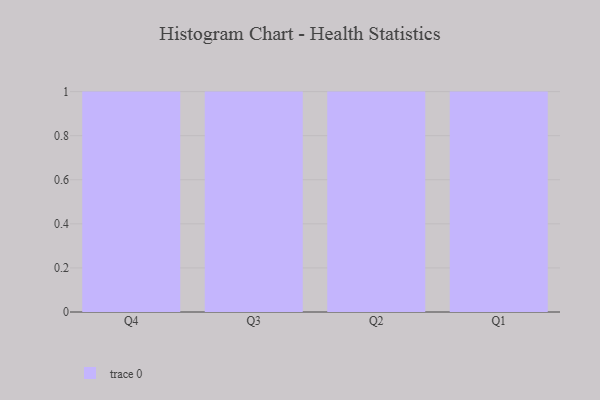
{"axis": {"x": "Quarter", "y": "Website Visitors"}, "legend": [""], "data": [{"x": "Q4", "y": 81, "type": ""}, {"x": "Q3", "y": 13, "type": ""}, {"x": "Q2", "y": 23, "type": ""}, {"x": "Q1", "y": 76, "type": ""}]}